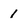
Character: 1